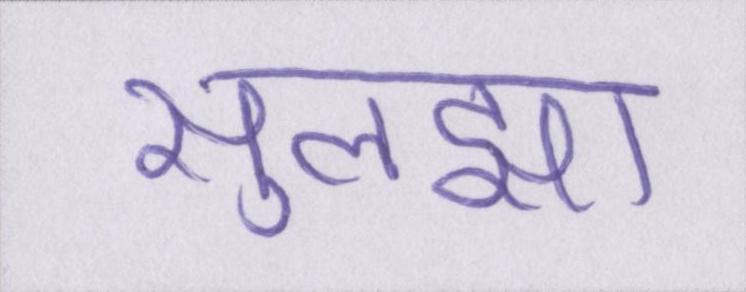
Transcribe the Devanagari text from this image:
सुलझा